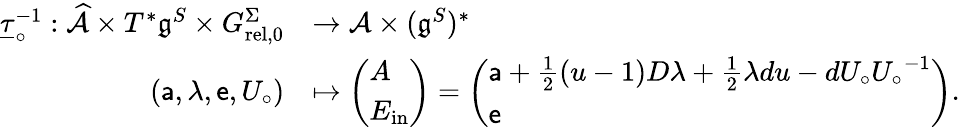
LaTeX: \begin{array}{rl}{\underline{\tau}_{\circ}^{-1}:\widehat{\mathcal{A}}\times T^{*}\mathfrak{g}^{S}\times{G_{\mathrm{rel},0}^{\Sigma}}}&{\to\mathcal{A}\times{(\mathfrak{g}^{S})^{*}}}\\ {({\mathsf{a}},\lambda,{\mathsf{e}},{U_{\circ}})}&{\mapsto\left(\begin{array}{l}{A}\\ {E_{\mathrm{in}}}\end{array}\right)=\left(\begin{array}{l}{{\mathsf{a}}+\frac 12(u-1)D\lambda+\frac 12\lambda du-d{U_{\circ}}{U_{\circ}}^{-1}}\\ {{\mathsf{e}}}\end{array}\right).}\end{array}